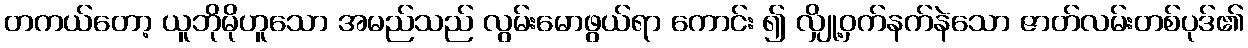
တကယ်တော့ ယူဘိုမိုဟူသော အမည်သည် လွမ်းမောဖွယ်ရာ ကောင်း ၍ လျှို့ဝှက်နက်နဲသော ဇာတ်လမ်းတစ်ပုဒ်၏